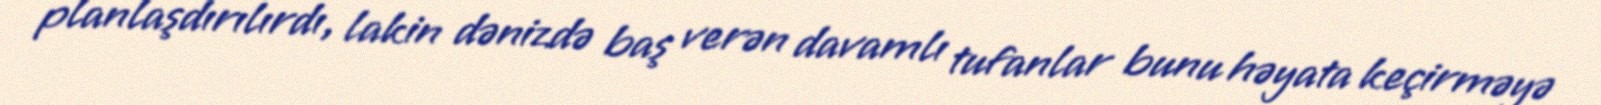
planlaşdırılırdı, lakin dənizdə baş verən davamlı tufanlar bunu həyata keçirməyə